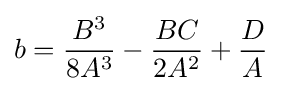
b={B^{3} \over 8A^{3}}-{BC \over 2A^{2}}+{D \over A}